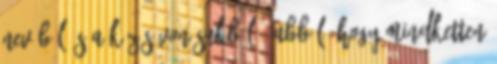
nevéből és a közös vonásukból - abból, hogy mindketten